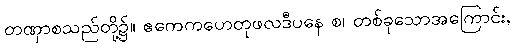
တဏှာစသည်တို့၌။ ဧကေကဟေတုဖလဒီပနေ စ၊ တစ်ခုသောအကြောင်း,